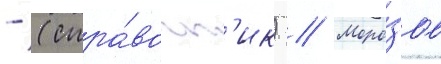
- (спра́вочн'ик) // Моро́зов